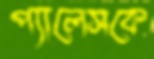
প্যালেসকে